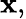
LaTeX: \mathbf{x},